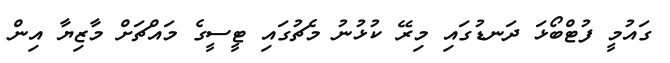
ގައުމީ ފުޓްބޯޅަ ދަނޑުގައި މިރޭ ކުޅުނު މެޗުގައި ޓީސީގެ މައްޗަށް މާޒިޔާ އިން